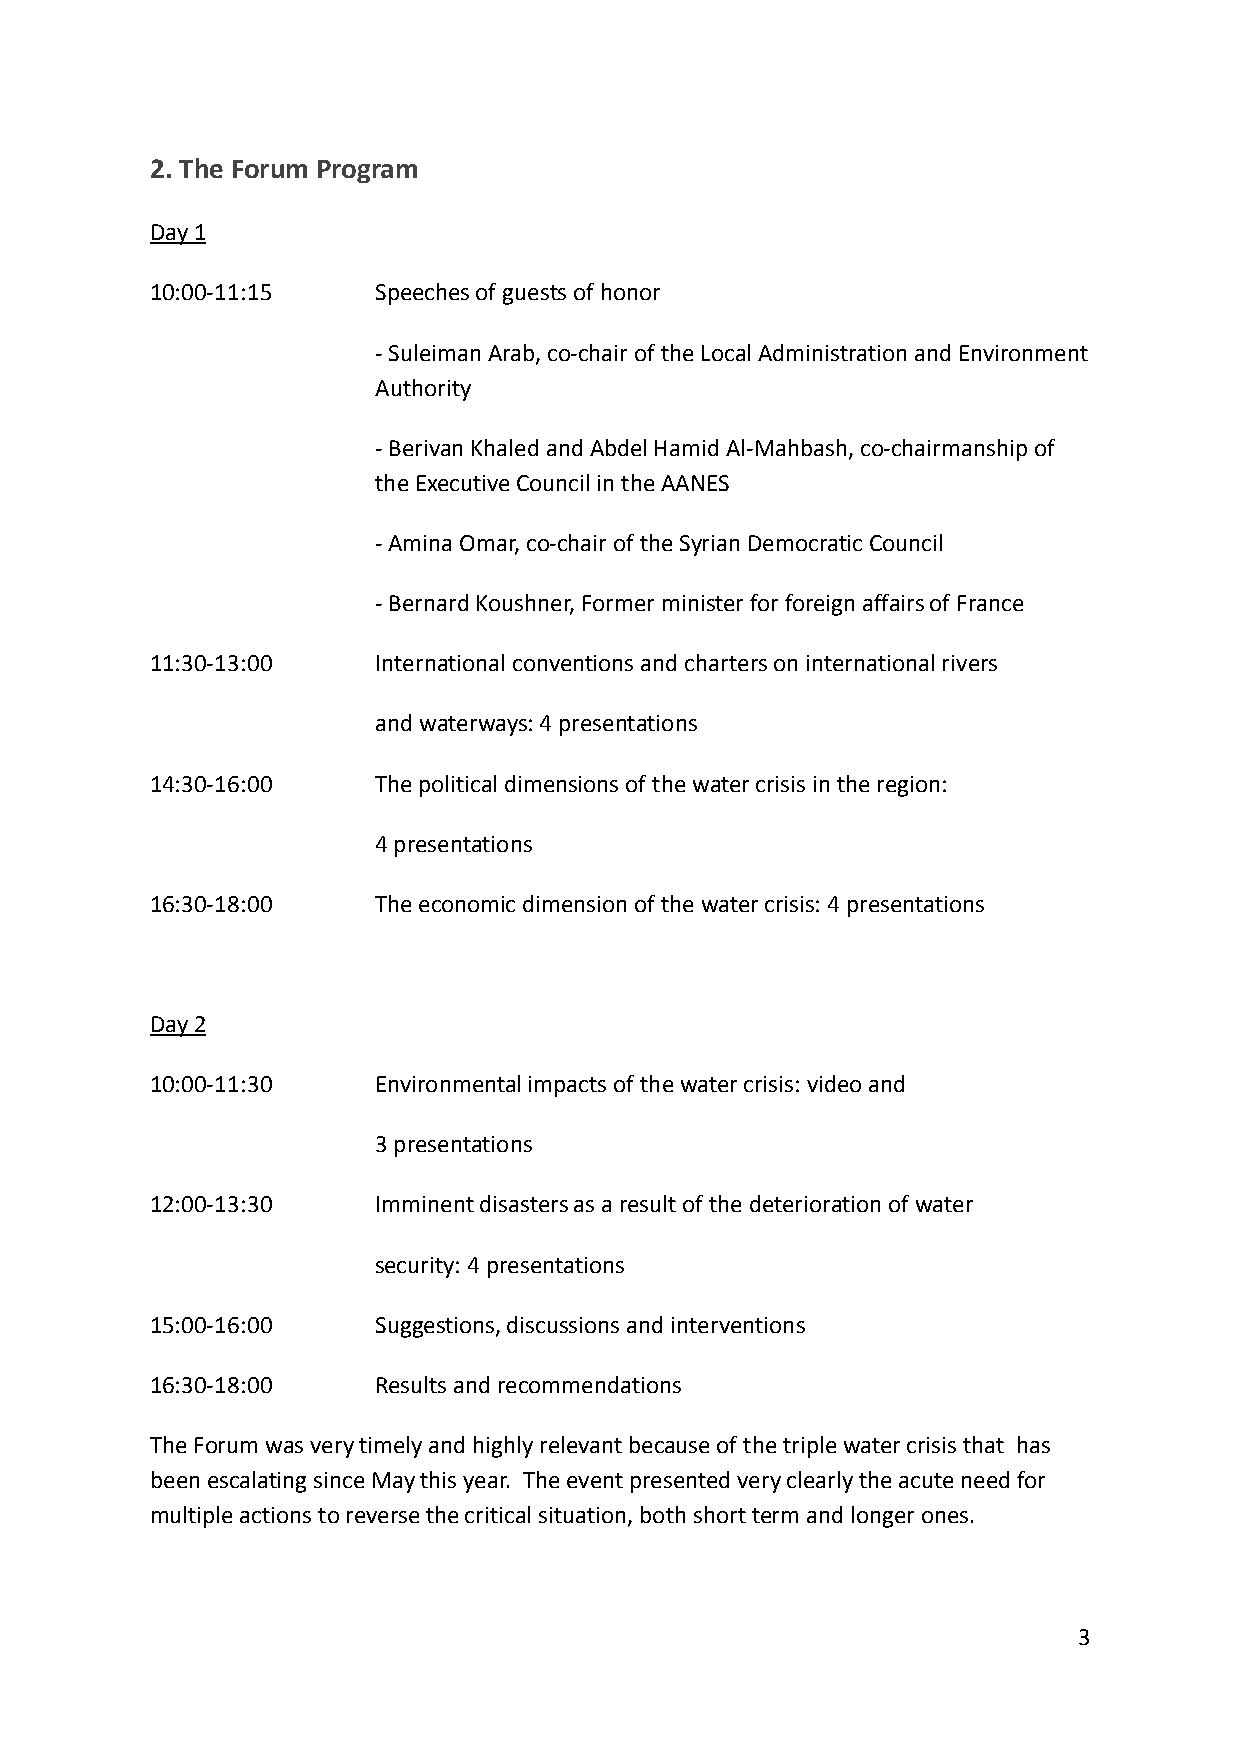
2. The Forum Program
 Day 1
 10:00-11:15    Speeches of guests of honor
 - Suleiman Arab, co-chair of the Local Administration and Environment
 Authority
 - Berivan Khaled and Abdel Hamid Al-Mahbash, co-chairmanship of
 the Executive Council in the AANES
 - Amina Omar, co-chair of the Syrian Democratic Council
 - Bernard Koushner, Former minister for foreign affairs of France
 11:30-13:00    International conventions and charters on international rivers
 and waterways: 4 presentations
 14:30-16:00    The political dimensions of the water crisis in the region:
 4 presentations
 16:30-18:00    The economic dimension of the water crisis: 4 presentations
 Day 2
 10:00-11:30    Environmental impacts of the water crisis: video and
 3 presentations
 12:00-13:30    Imminent disasters as a result of the deterioration of water
 security: 4 presentations
 15:00-16:00    Suggestions, discussions and interventions
 16:30-18:00    Results and recommendations
 The Forum was very timely and highly relevant because of the triple water crisis that has
 been escalating since May this year. The event presented very clearly the acute need for
 multiple actions to reverse the critical situation, both short term and longer ones.
 3